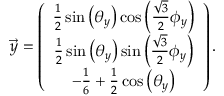
\begin{array} { r } { \overrightarrow { y } = \left( \begin{array} { c } { \frac { 1 } { 2 } \sin \left( \theta _ { y } \right) \cos \left( \frac { \sqrt { 3 } } { 2 } \phi _ { y } \right) } \\ { \frac { 1 } { 2 } \sin \left( \theta _ { y } \right) \sin \left( \frac { \sqrt { 3 } } { 2 } \phi _ { y } \right) } \\ { - \frac { 1 } { 6 } + \frac { 1 } { 2 } \cos \left( \theta _ { y } \right) } \end{array} \right) . } \end{array}